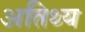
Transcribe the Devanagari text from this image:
अतिथ्य